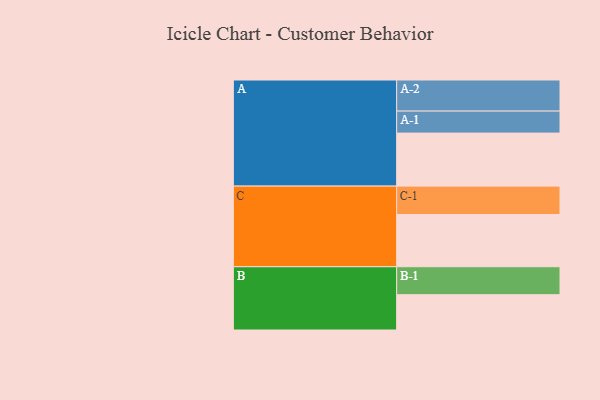
{"axis": {"x": "Segment", "y": "Value"}, "legend": ["", "A", "B", "C"], "data": [{"x": "A", "y": 491, "type": ""}, {"x": "B", "y": 327, "type": ""}, {"x": "C", "y": 484, "type": ""}, {"x": "A-1", "y": 204, "type": "A"}, {"x": "A-2", "y": 288, "type": "A"}, {"x": "B-1", "y": 259, "type": "B"}, {"x": "C-1", "y": 263, "type": "C"}]}